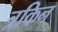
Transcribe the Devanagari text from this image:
त्रकिन